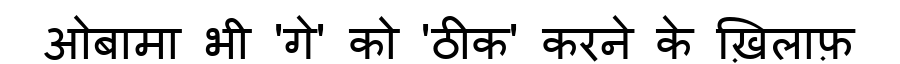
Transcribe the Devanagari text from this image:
ओबामा भी 'गे' को 'ठीक' करने के ख़िलाफ़